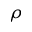
\rho